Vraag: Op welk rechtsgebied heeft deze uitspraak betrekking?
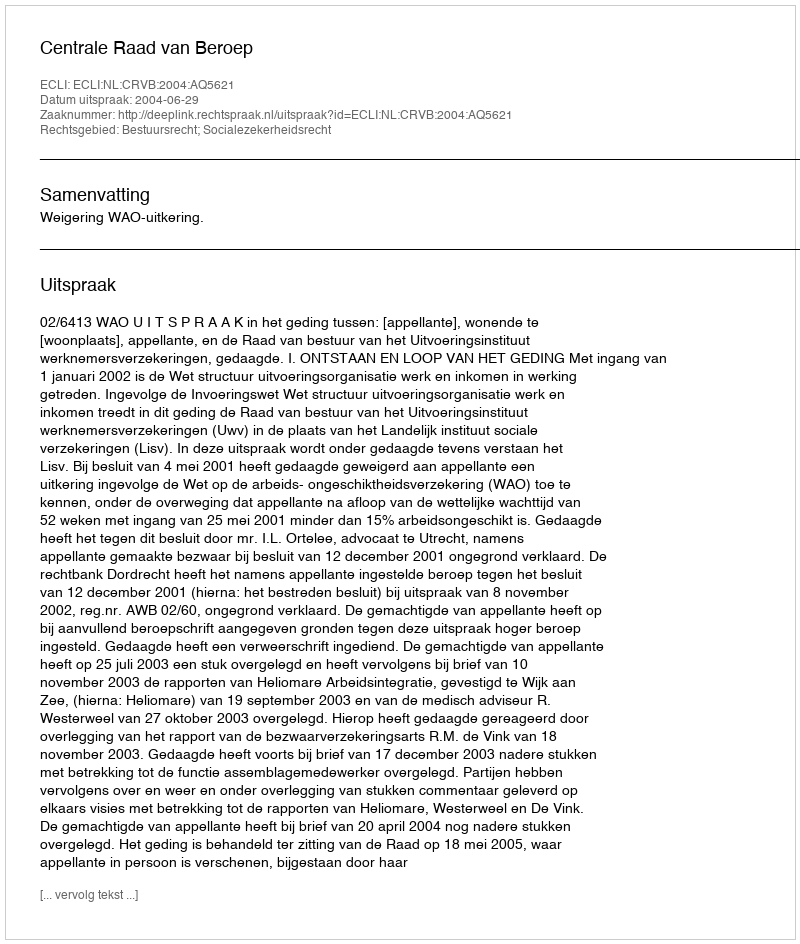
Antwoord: Bestuursrecht; Socialezekerheidsrecht